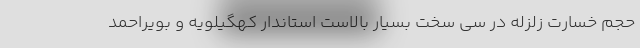
حجم خسارت زلزله در سی سخت بسیار بالاست استاندار کهگیلویه و بویراحمد